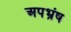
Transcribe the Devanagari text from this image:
अपभ्रंष